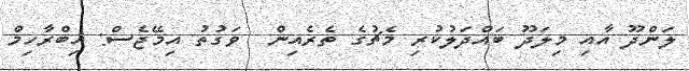
ލަންދޫ އާއި މިލަދޫ ބައްދަލުކުރި މެޗުގެ ތެރެއިން  ވަގުތު އިމޭޖެސް: އިބްރާހިމް